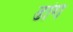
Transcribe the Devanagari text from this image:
ढांग